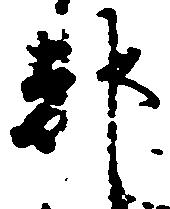
都